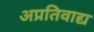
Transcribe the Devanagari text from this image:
अप्रतिवाद्य